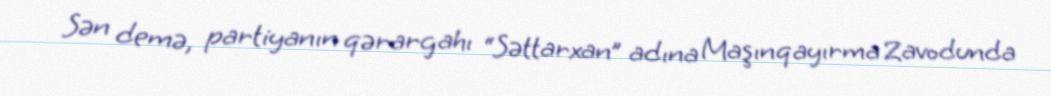
Sən demə, partiyanın qərargahı “Səttarxan” adına Maşınqayırma Zavodunda